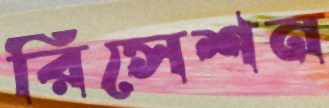
রিসেশন